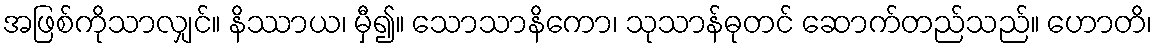
အဖြစ်ကိုသာလျှင်။ နိဿာယ၊ မှီ၍။ သောသာနိကော၊ သုသာန်ဓုတင် ဆောက်တည်သည်။ ဟောတိ၊